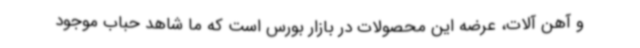
و آهن آلات، عرضه این محصولات در بازار بورس است که ما شاهد حباب موجود